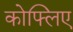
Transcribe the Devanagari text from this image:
कोफ्लिए